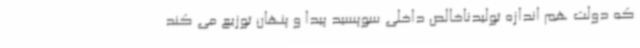
که دولت هم اندازه تولیدناخالص داخلی سوپسید پیدا و پنهان توزیع می کند